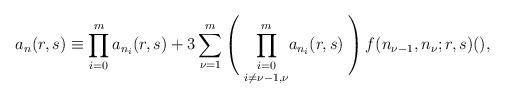
LaTeX: \begin{align*} a_n(r,s)\equiv \prod _{i=0} ^{m}a_{n_i}(r,s)+ 3\sum _{\nu=1} ^m\left(\vphantom{ \sum_{k_{\nu-1}=0}^2}\right.\underset {i\ne \nu-1,\nu}{\prod _{i=0} ^m} a_{n_i}(r,s)\left.\vphantom{ \sum_{k_{\nu-1}=0}^2}\right)f(n_{\nu-1},n_{\nu};r,s)(),\end{align*}